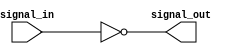
module schmitt_trigger_inverter (
    input wire signal_in,
    output wire signal_out
);

assign signal_out = ~signal_in;

endmodule